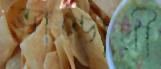
ভাণ্ডারী